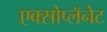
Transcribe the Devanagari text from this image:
एक्सोप्लॅनेट